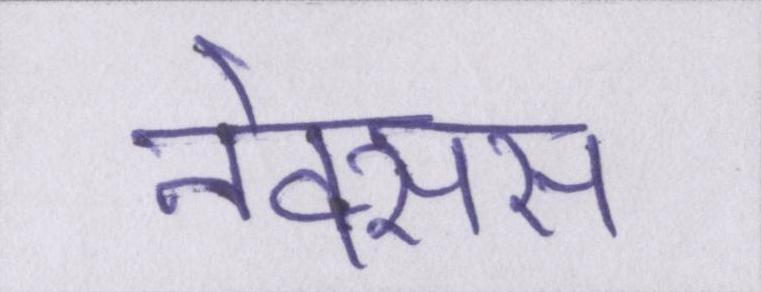
नेक्सस